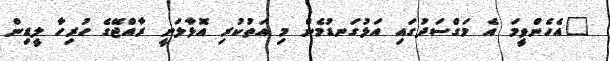
"އެހެންވީމަ އެ މަގްސަދުގައި އަޅުގަނޑުމެން މި އަތުކުރި އޮޅާލަނީ ރާއްޖޭގެ ހުރިހާ ލީޑިން